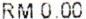
RM 0.00